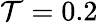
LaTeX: \mathcal{T}=0.2